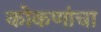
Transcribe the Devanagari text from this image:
कोकणांचा